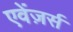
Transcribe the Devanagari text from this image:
एवेंज़र्स